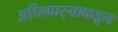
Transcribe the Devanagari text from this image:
अधिकार्‍याकडून